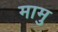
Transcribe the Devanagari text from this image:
मामु